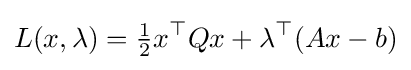
L(x,\lambda )={\tfrac {1}{2}}x^{\top }Qx+\lambda ^{\top }(Ax-b)